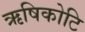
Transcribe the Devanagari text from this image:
ऋषिकोटि